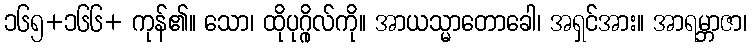
၁၆၅+၁၆၆+ ကုန်၏။ သော၊ ထိုပုဂ္ဂိုလ်ကို။ အာယသ္မာတောခေါ၊ အရှင်အား။ အာရမ္ဘာဇာ၊